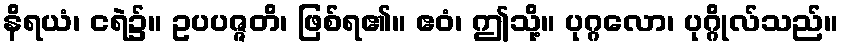
နိရယံ၊ ငရဲ၌။ ဥပပဇ္ဇတိ၊ ဖြစ်ရ၏။ ဧဝံ၊ ဤသို့။ ပုဂ္ဂလော၊ ပုဂ္ဂိုလ်သည်။